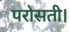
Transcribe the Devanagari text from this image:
परोसती।